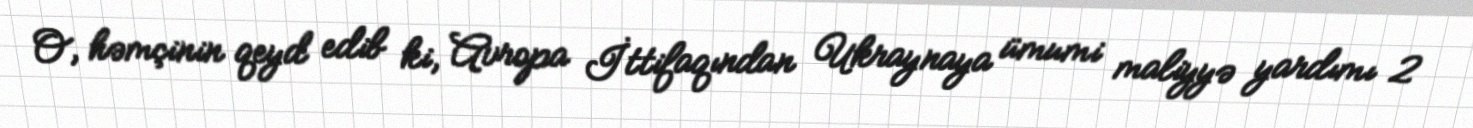
O, həmçinin qeyd edib ki, Avropa İttifaqından Ukraynaya ümumi maliyyə yardımı 2